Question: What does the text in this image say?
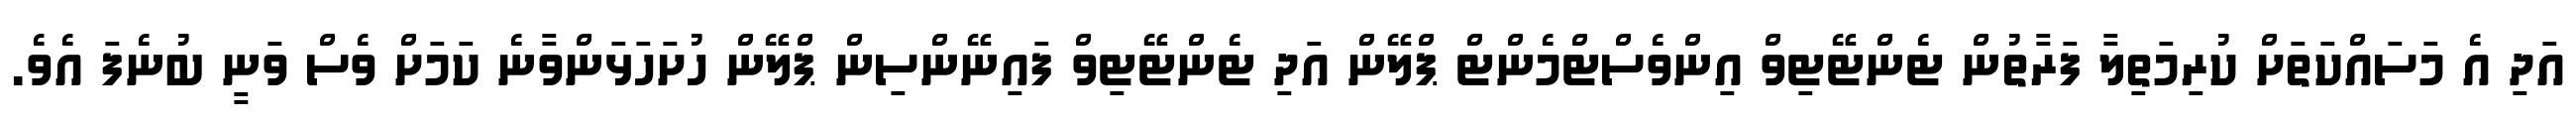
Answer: އަދި އެ މަސައްކަތަށް ކުރިމަތިލާ ފަރާތުން ޓެންޓޭޓިވް އިންވެސްޓްމެންޓް ޕްލޭން އަދި ޓެންޓޭޓިވް ފައިނޭންސިން ޕްލޭން ހުށަހަޅަންވާނެ ކަމަށް ވެސް ވަނީ ބުނެފަ އެވެ.